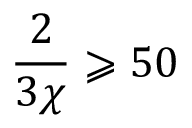
\frac { 2 } { 3 \chi } \geqslant 5 0